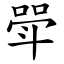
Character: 斝